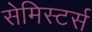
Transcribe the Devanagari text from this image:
सेमिस्टर्स